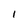
Character: 1